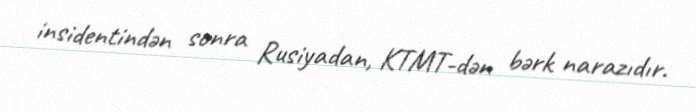
insidentindən sonra Rusiyadan, KTMT-dən bərk narazıdır.